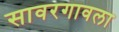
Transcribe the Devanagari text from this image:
सावरगावला